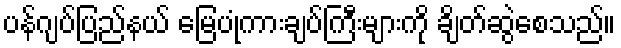
ပန်ဂျပ်ပြည်နယ် မြေပုံကားချပ်ကြီးများကို ချိတ်ဆွဲစေသည်။